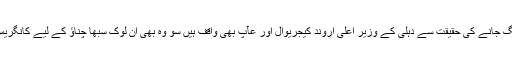
دہلی کی ساتوں سیٹ بی جے پی کے ہاتھ لگ جانے کی حقیقت سے دہلی کے وزیر اعلیٰ اروند کیجریوال اور عآپ بھی واقف ہیں سو وہ بھی اِن لوک سبھا چناؤ کے لیے کانگریس کے ساتھ سمجھوتے کے خلاف نہیں ہیں۔